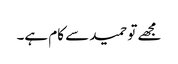
مجھے تو حمید سے کام ہے۔